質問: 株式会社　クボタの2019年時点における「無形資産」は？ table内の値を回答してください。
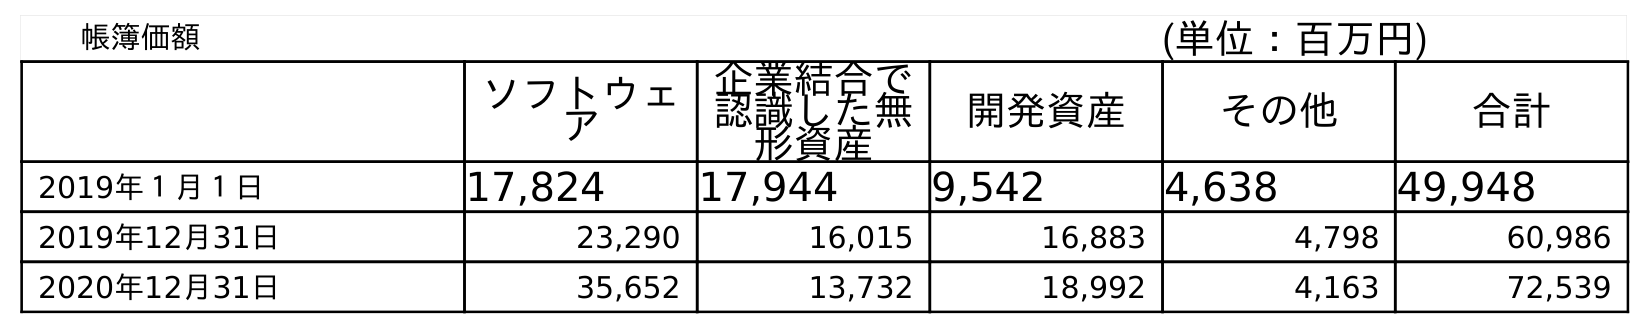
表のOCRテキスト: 帳簿価額 (単位：百万円) ソフトウェ ア 企業結合で 認識した無 形資産 開発資産 その他 合計 2019年１月１日 17,824 17,944 9,542 4,638 49,948 2019年12月31日 23,290 16,015 16,883 4,798 60,986 2020年12月31日 35,652 13,732 18,992 4,163 72,539
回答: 60,986